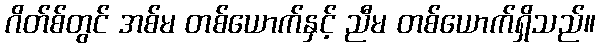
ဂိတ်စ်တွင် အစ်မ တစ်ယောက်နှင့် ညီမ တစ်ယောက်ရှိသည်။